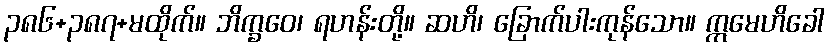
၃၈၆+၃၈၇+မထိုက်။ ဘိက္ခဝေ၊ ရဟန်းတို့။ ဆဟိ၊ ခြောက်ပါးကုန်သော။ ဣမေဟိခေါ